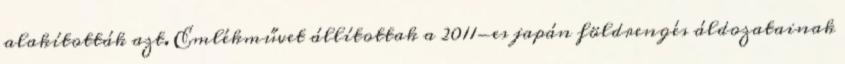
alakították azt. Emlékművet állítottak a 2011-es japán földrengés áldozatainak